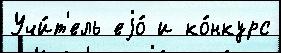
Учи́т'ель еjо́ и ко́нкурс